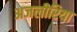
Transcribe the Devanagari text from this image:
अजलीरिया